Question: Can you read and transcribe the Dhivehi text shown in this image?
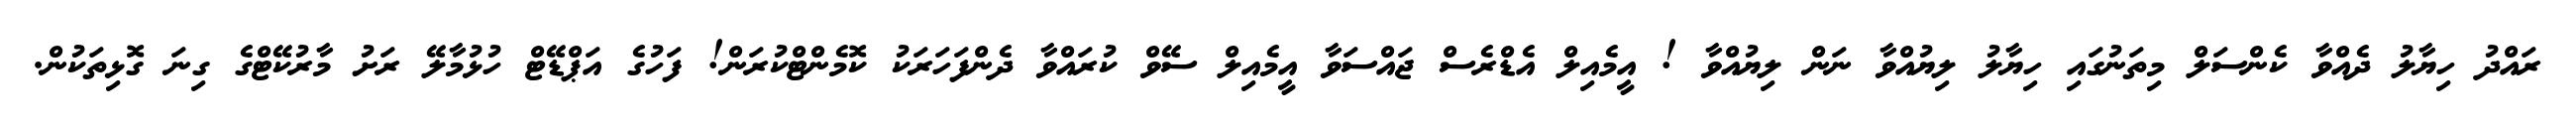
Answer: ރައްދު ހިޔާލު ދެއްވާ ކެންސަލް މިތަނުގައި ހިޔާލު ލިޔުއްވާ ނަން ލިޔުއްވާ ! އީމެއިލް އެޑްރެސް ޖައްސަވާ އީމެއިލް ސޭވް ކުރައްވާ ދެންފަހަރަކު ކޮމެންޓްކުރަން! ފަހުގެ އަޕްޑޭޓް ހުޅުމާލޭ ރަށު މާރުކޭޓްގެ ގިނަ ގޮޅިތަކުން.